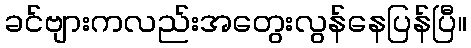
ခင်ဗျားကလည်းအတွေးလွန်နေပြန်ပြီ။